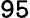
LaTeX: \mathtt{95}